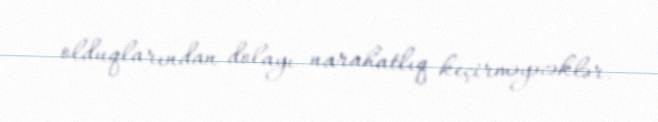
olduqlarından dolayı narahatlıq keçirməyəcəklər.